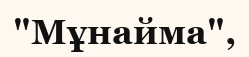
"Мұнайма",